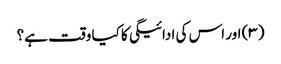
(۳) اور اس کی ادائیگی کا کیا وقت ہے؟